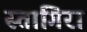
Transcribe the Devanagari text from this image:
स्तागिरा